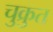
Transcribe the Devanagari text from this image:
चुक्रुत